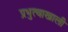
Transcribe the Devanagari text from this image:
प्रभुत्वाखाली